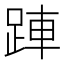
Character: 𬦲